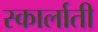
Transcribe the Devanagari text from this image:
स्कार्लाती